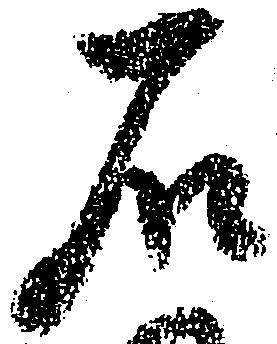
石